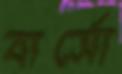
বার্সো